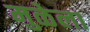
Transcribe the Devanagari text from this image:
मुळेला